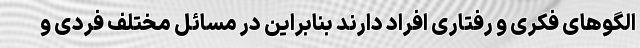
الگوهای فکری و رفتاری افراد دارند بنابراین در مسائل مختلف فردی و